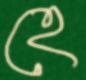
হে